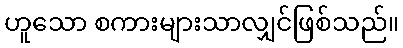
ဟူသော စကားများသာလျှင်ဖြစ်သည်။